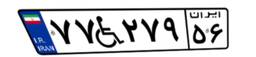
۸۸W۳۵۹۴۶